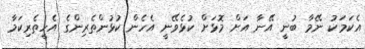
އެކަމަކު ނޭމާ ބުނީ އޭނާ އަށް މޮޅަށް ކުޅެވޭނީ އެހެން ކުޅުންތެރިންގެ އެހީތެރިކަމާ